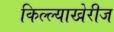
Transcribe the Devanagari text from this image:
किल्ल्याखेरीज